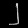
Digit: ၂